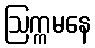
ဩက္ကမနေ